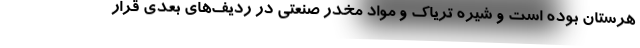
هرستان بوده است و شیره تریاک و مواد مخدر صنعتی در ردیف‌های بعدی قرار